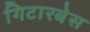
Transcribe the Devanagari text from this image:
गिटारबेस